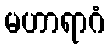
မဟာရာဂံ